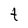
Character: t